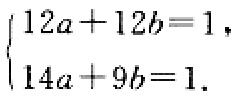
$\begin{cases}
12a + 12b = 1,\\
14a + 9b = 1.
\end{cases}$